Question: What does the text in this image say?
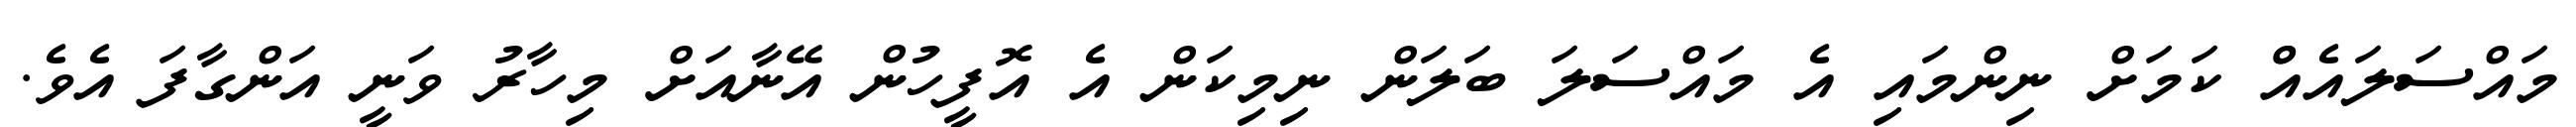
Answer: މައްސަލައެއްް ކަމަށް ނިންމައި އެ މައްސަލަ ބަލަން ނިމިކަން އެ އޮފީހުން އޭނާއަށް މިހާރު ވަނީ އަންގާފަ އެވެ.